Annual report of the Punjab Veterinary College and of the Civil Veterinary Department, Punjab - 1926-1932
Year: 1926
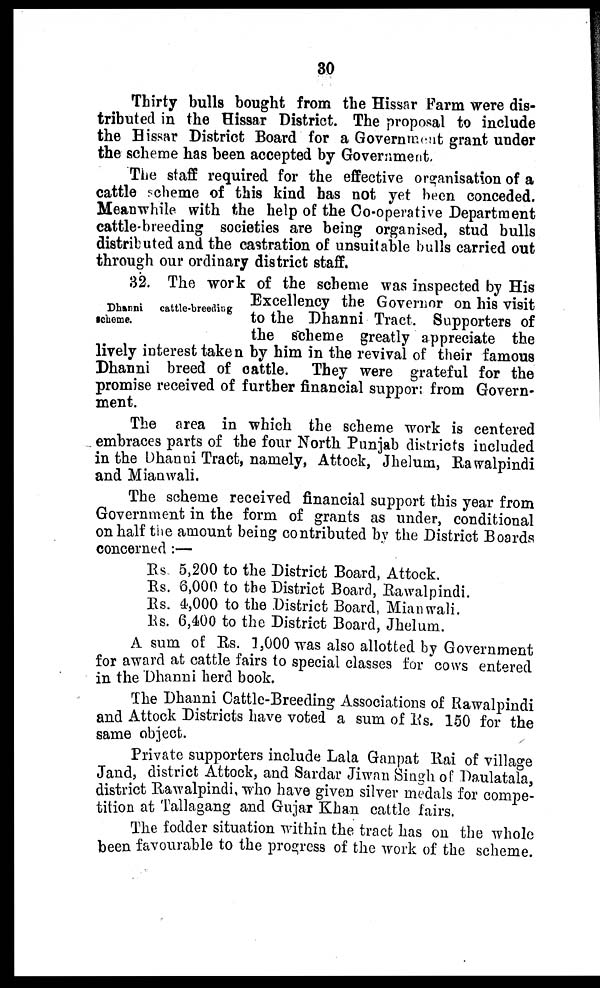
30
Thirty bulls bought from the Hissar Farm were dis-
tributed in the Hissar District. The proposal to include
the Hissar District Board for a Government grant under
the scheme has been accepted by Government.
The staff required for the effective organisation of a
cattle scheme of this kind has not yet been conceded.
Meanwhile with the help of the Co-operative Department
cattle-breeding societies are being organised, stud bulls
distributed and the castration of unsuitable bulls carried out
through our ordinary district staff.
Dhanni cattle-breeding
scheme.
32. The work of the scheme was inspected by His
Excellency the Governor on his visit
to the Dhanni Tract. Supporters of
the scheme greatly appreciate the
lively interest taken by him in the revival of their famous
Dhanni breed of cattle. They were grateful for the
promise received of further financial support from Govern-
ment.
The area in which the scheme work is centered
embraces parts of the four North Punjab districts included
in the Dhanni Tract, namely, Attock, Jhelum, Rawalpindi
and Mianwali.
The scheme received financial support this year from
Government in the form of grants as under, conditional
on half the amount being contributed by the District Boards
concerned:—
Rs.
Rs.
Rs.
Rs.
5,200 to the District Board, Attock.
6,000 to the District Board, Rawalpindi.
4,000 to the District Board, Mianwali.
6,400 to the District Board, Jhelum.
A sum of Rs. 1,000 was also allotted by Government
for award at cattle fairs to special classes for cows entered
in the Dhanni herd book.
The Dhanni Cattle-Breeding Associations of Rawalpindi
and Attock Districts have voted a sum of Rs. 150 for the
same object.
Private supporters include Lala Ganpat Rai of village
Jand, district Attock, and Sardar Jiwan Singh of Daulatala,
district Rawalpindi who have given silver medals for compe-
tition at Tallagang and Gujar Khan cattle fairs.
The fodder situation within the tract has on the whole
been favourable to the progress of the work of the scheme.